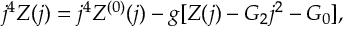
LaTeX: j ^ { 4 } Z ( j ) = j ^ { 4 } Z ^ { ( 0 ) } ( j ) - g [ Z ( j ) - { \cal G } _ { 2 } j ^ { 2 } - { \cal G } _ { 0 } ] ,